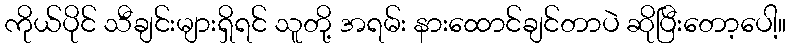
ကိုယ်ပိုင် သီချင်းများရှိရင် သူတို့ အရမ်း နားထောင်ချင်တာပဲ ဆိုပြီးတော့ပေါ့။